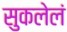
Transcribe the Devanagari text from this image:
सुकलेलं